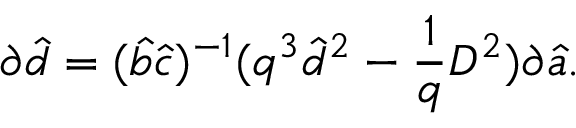
\partial \hat { d } = ( \hat { b } \hat { c } ) ^ { - 1 } ( q ^ { 3 } \hat { d } ^ { 2 } - \frac { 1 } { q } D ^ { 2 } ) \partial \hat { a } .